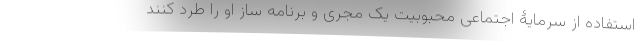
استفاده از سرمایۀ اجتماعی محبوبیت یک مجری و برنامه ساز او را طرد کنند